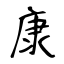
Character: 康